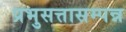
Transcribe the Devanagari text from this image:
प्रभुसत्तासम्पन्न